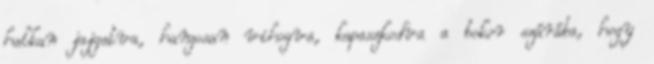
halkan jajgatva, hangosan vihogva, kapaszkodva a bokor szárába, hogy